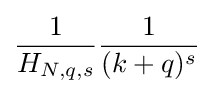
{\frac {1}{H_{N,q,s}}}{\frac {1}{(k+q)^{s}}}